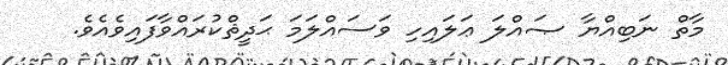
މާތް ނަބިއްޔާ ޞައްލަ ޢަލައިހި ވަސައްލަމަ ޙަދީޘްކުރައްވާފައިވެއެވެ.